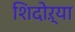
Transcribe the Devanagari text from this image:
शिदोऱ्या